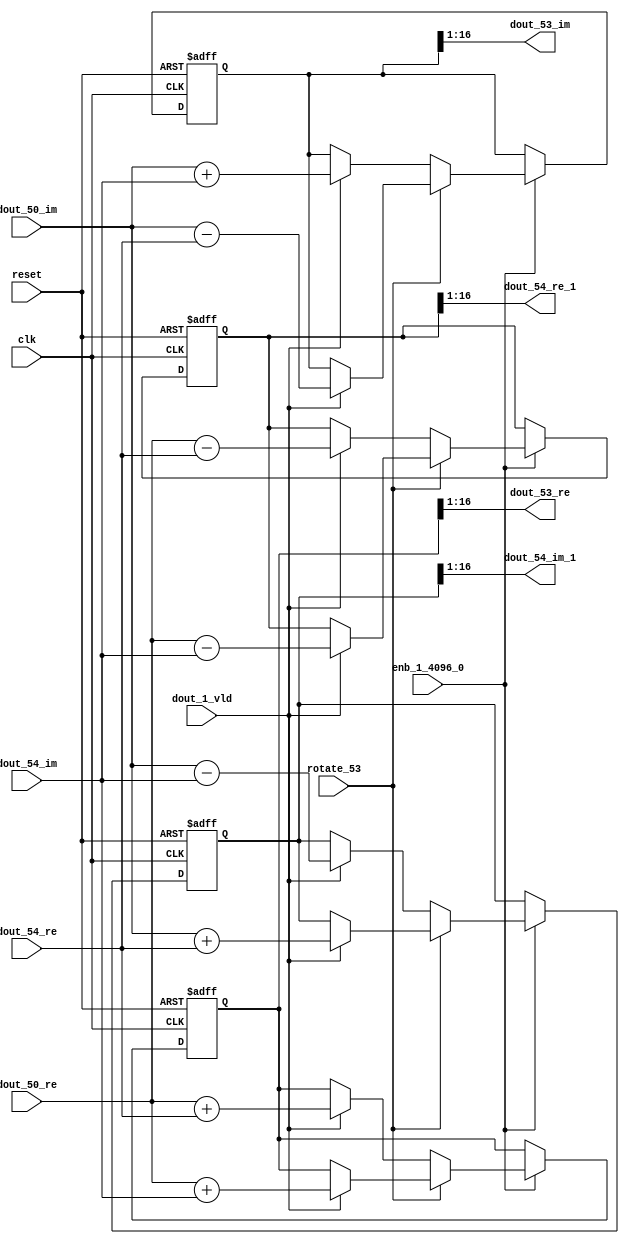
// -------------------------------------------------------------
// 
// 
// Generated by MATLAB 9.14 and HDL Coder 4.1
// 
// -------------------------------------------------------------


// -------------------------------------------------------------
// 
// Module: RADIX22FFT_SDNF2_6_block25
// Source Path: dsphdl.IFFT/RADIX22FFT_SDNF2_6
// Hierarchy Level: 4
// 
// -------------------------------------------------------------

`timescale 1 ns / 1 ns

module RADIX22FFT_SDNF2_6_block25
          (clk,
           reset,
           enb_1_4096_0,
           rotate_53,
           dout_50_re,
           dout_50_im,
           dout_54_re,
           dout_54_im,
           dout_1_vld,
           dout_53_re,
           dout_53_im,
           dout_54_re_1,
           dout_54_im_1);


  input   clk;
  input   reset;
  input   enb_1_4096_0;
  input   rotate_53;  // ufix1
  input   signed [15:0] dout_50_re;  // sfix16_En14
  input   signed [15:0] dout_50_im;  // sfix16_En14
  input   signed [15:0] dout_54_re;  // sfix16_En14
  input   signed [15:0] dout_54_im;  // sfix16_En14
  input   dout_1_vld;
  output  signed [15:0] dout_53_re;  // sfix16_En14
  output  signed [15:0] dout_53_im;  // sfix16_En14
  output  signed [15:0] dout_54_re_1;  // sfix16_En14
  output  signed [15:0] dout_54_im_1;  // sfix16_En14


  reg  Radix22ButterflyG2_NF_din_vld_dly;
  reg signed [16:0] Radix22ButterflyG2_NF_btf1_re_reg;  // sfix17
  reg signed [16:0] Radix22ButterflyG2_NF_btf1_im_reg;  // sfix17
  reg signed [16:0] Radix22ButterflyG2_NF_btf2_re_reg;  // sfix17
  reg signed [16:0] Radix22ButterflyG2_NF_btf2_im_reg;  // sfix17
  reg  Radix22ButterflyG2_NF_din_vld_dly_next;
  reg signed [16:0] Radix22ButterflyG2_NF_btf1_re_reg_next;  // sfix17_En14
  reg signed [16:0] Radix22ButterflyG2_NF_btf1_im_reg_next;  // sfix17_En14
  reg signed [16:0] Radix22ButterflyG2_NF_btf2_re_reg_next;  // sfix17_En14
  reg signed [16:0] Radix22ButterflyG2_NF_btf2_im_reg_next;  // sfix17_En14
  reg signed [15:0] dout_53_re_1;  // sfix16_En14
  reg signed [15:0] dout_53_im_1;  // sfix16_En14
  reg signed [15:0] dout_54_re_2;  // sfix16_En14
  reg signed [15:0] dout_54_im_2;  // sfix16_En14
  reg  dout_6_vld;
  reg signed [16:0] Radix22ButterflyG2_NF_add_cast;  // sfix17_En14
  reg signed [16:0] Radix22ButterflyG2_NF_add_cast_0;  // sfix17_En14
  reg signed [16:0] Radix22ButterflyG2_NF_add_cast_1;  // sfix17_En14
  reg signed [16:0] Radix22ButterflyG2_NF_add_cast_2;  // sfix17_En14
  reg signed [16:0] Radix22ButterflyG2_NF_sub_cast;  // sfix17_En14
  reg signed [16:0] Radix22ButterflyG2_NF_sub_cast_0;  // sfix17_En14
  reg signed [16:0] Radix22ButterflyG2_NF_sub_cast_1;  // sfix17_En14
  reg signed [16:0] Radix22ButterflyG2_NF_sub_cast_2;  // sfix17_En14
  reg signed [16:0] Radix22ButterflyG2_NF_sra_temp;  // sfix17_En14
  reg signed [16:0] Radix22ButterflyG2_NF_add_cast_3;  // sfix17_En14
  reg signed [16:0] Radix22ButterflyG2_NF_add_cast_4;  // sfix17_En14
  reg signed [16:0] Radix22ButterflyG2_NF_add_cast_5;  // sfix17_En14
  reg signed [16:0] Radix22ButterflyG2_NF_add_cast_6;  // sfix17_En14
  reg signed [16:0] Radix22ButterflyG2_NF_sra_temp_0;  // sfix17_En14
  reg signed [16:0] Radix22ButterflyG2_NF_sub_cast_3;  // sfix17_En14
  reg signed [16:0] Radix22ButterflyG2_NF_sub_cast_4;  // sfix17_En14
  reg signed [16:0] Radix22ButterflyG2_NF_sub_cast_5;  // sfix17_En14
  reg signed [16:0] Radix22ButterflyG2_NF_sub_cast_6;  // sfix17_En14
  reg signed [16:0] Radix22ButterflyG2_NF_sra_temp_1;  // sfix17_En14
  reg signed [16:0] Radix22ButterflyG2_NF_sra_temp_2;  // sfix17_En14


  // Radix22ButterflyG2_NF
  always @(posedge clk or posedge reset)
    begin : Radix22ButterflyG2_NF_process
      if (reset == 1'b1) begin
        Radix22ButterflyG2_NF_din_vld_dly <= 1'b0;
        Radix22ButterflyG2_NF_btf1_re_reg <= 17'sb00000000000000000;
        Radix22ButterflyG2_NF_btf1_im_reg <= 17'sb00000000000000000;
        Radix22ButterflyG2_NF_btf2_re_reg <= 17'sb00000000000000000;
        Radix22ButterflyG2_NF_btf2_im_reg <= 17'sb00000000000000000;
      end
      else begin
        if (enb_1_4096_0) begin
          Radix22ButterflyG2_NF_din_vld_dly <= Radix22ButterflyG2_NF_din_vld_dly_next;
          Radix22ButterflyG2_NF_btf1_re_reg <= Radix22ButterflyG2_NF_btf1_re_reg_next;
          Radix22ButterflyG2_NF_btf1_im_reg <= Radix22ButterflyG2_NF_btf1_im_reg_next;
          Radix22ButterflyG2_NF_btf2_re_reg <= Radix22ButterflyG2_NF_btf2_re_reg_next;
          Radix22ButterflyG2_NF_btf2_im_reg <= Radix22ButterflyG2_NF_btf2_im_reg_next;
        end
      end
    end

  always @(Radix22ButterflyG2_NF_btf1_im_reg, Radix22ButterflyG2_NF_btf1_re_reg,
       Radix22ButterflyG2_NF_btf2_im_reg, Radix22ButterflyG2_NF_btf2_re_reg,
       Radix22ButterflyG2_NF_din_vld_dly, dout_1_vld, dout_50_im, dout_50_re,
       dout_54_im, dout_54_re, rotate_53) begin
    Radix22ButterflyG2_NF_add_cast_1 = 17'sb00000000000000000;
    Radix22ButterflyG2_NF_add_cast_2 = 17'sb00000000000000000;
    Radix22ButterflyG2_NF_sub_cast_1 = 17'sb00000000000000000;
    Radix22ButterflyG2_NF_sub_cast_2 = 17'sb00000000000000000;
    Radix22ButterflyG2_NF_add_cast_5 = 17'sb00000000000000000;
    Radix22ButterflyG2_NF_add_cast_6 = 17'sb00000000000000000;
    Radix22ButterflyG2_NF_sub_cast_5 = 17'sb00000000000000000;
    Radix22ButterflyG2_NF_sub_cast_6 = 17'sb00000000000000000;
    Radix22ButterflyG2_NF_add_cast = 17'sb00000000000000000;
    Radix22ButterflyG2_NF_add_cast_0 = 17'sb00000000000000000;
    Radix22ButterflyG2_NF_sub_cast = 17'sb00000000000000000;
    Radix22ButterflyG2_NF_sub_cast_0 = 17'sb00000000000000000;
    Radix22ButterflyG2_NF_add_cast_3 = 17'sb00000000000000000;
    Radix22ButterflyG2_NF_add_cast_4 = 17'sb00000000000000000;
    Radix22ButterflyG2_NF_sub_cast_3 = 17'sb00000000000000000;
    Radix22ButterflyG2_NF_sub_cast_4 = 17'sb00000000000000000;
    Radix22ButterflyG2_NF_btf1_re_reg_next = Radix22ButterflyG2_NF_btf1_re_reg;
    Radix22ButterflyG2_NF_btf1_im_reg_next = Radix22ButterflyG2_NF_btf1_im_reg;
    Radix22ButterflyG2_NF_btf2_re_reg_next = Radix22ButterflyG2_NF_btf2_re_reg;
    Radix22ButterflyG2_NF_btf2_im_reg_next = Radix22ButterflyG2_NF_btf2_im_reg;
    Radix22ButterflyG2_NF_din_vld_dly_next = dout_1_vld;
    if (rotate_53 != 1'b0) begin
      if (dout_1_vld) begin
        Radix22ButterflyG2_NF_add_cast_1 = {dout_50_re[15], dout_50_re};
        Radix22ButterflyG2_NF_add_cast_2 = {dout_54_im[15], dout_54_im};
        Radix22ButterflyG2_NF_btf1_re_reg_next = Radix22ButterflyG2_NF_add_cast_1 + Radix22ButterflyG2_NF_add_cast_2;
        Radix22ButterflyG2_NF_sub_cast_1 = {dout_50_re[15], dout_50_re};
        Radix22ButterflyG2_NF_sub_cast_2 = {dout_54_im[15], dout_54_im};
        Radix22ButterflyG2_NF_btf2_re_reg_next = Radix22ButterflyG2_NF_sub_cast_1 - Radix22ButterflyG2_NF_sub_cast_2;
        Radix22ButterflyG2_NF_add_cast_5 = {dout_50_im[15], dout_50_im};
        Radix22ButterflyG2_NF_add_cast_6 = {dout_54_re[15], dout_54_re};
        Radix22ButterflyG2_NF_btf2_im_reg_next = Radix22ButterflyG2_NF_add_cast_5 + Radix22ButterflyG2_NF_add_cast_6;
        Radix22ButterflyG2_NF_sub_cast_5 = {dout_50_im[15], dout_50_im};
        Radix22ButterflyG2_NF_sub_cast_6 = {dout_54_re[15], dout_54_re};
        Radix22ButterflyG2_NF_btf1_im_reg_next = Radix22ButterflyG2_NF_sub_cast_5 - Radix22ButterflyG2_NF_sub_cast_6;
      end
    end
    else if (dout_1_vld) begin
      Radix22ButterflyG2_NF_add_cast = {dout_50_re[15], dout_50_re};
      Radix22ButterflyG2_NF_add_cast_0 = {dout_54_re[15], dout_54_re};
      Radix22ButterflyG2_NF_btf1_re_reg_next = Radix22ButterflyG2_NF_add_cast + Radix22ButterflyG2_NF_add_cast_0;
      Radix22ButterflyG2_NF_sub_cast = {dout_50_re[15], dout_50_re};
      Radix22ButterflyG2_NF_sub_cast_0 = {dout_54_re[15], dout_54_re};
      Radix22ButterflyG2_NF_btf2_re_reg_next = Radix22ButterflyG2_NF_sub_cast - Radix22ButterflyG2_NF_sub_cast_0;
      Radix22ButterflyG2_NF_add_cast_3 = {dout_50_im[15], dout_50_im};
      Radix22ButterflyG2_NF_add_cast_4 = {dout_54_im[15], dout_54_im};
      Radix22ButterflyG2_NF_btf1_im_reg_next = Radix22ButterflyG2_NF_add_cast_3 + Radix22ButterflyG2_NF_add_cast_4;
      Radix22ButterflyG2_NF_sub_cast_3 = {dout_50_im[15], dout_50_im};
      Radix22ButterflyG2_NF_sub_cast_4 = {dout_54_im[15], dout_54_im};
      Radix22ButterflyG2_NF_btf2_im_reg_next = Radix22ButterflyG2_NF_sub_cast_3 - Radix22ButterflyG2_NF_sub_cast_4;
    end
    Radix22ButterflyG2_NF_sra_temp = Radix22ButterflyG2_NF_btf1_re_reg >>> 8'd1;
    dout_53_re_1 = Radix22ButterflyG2_NF_sra_temp[15:0];
    Radix22ButterflyG2_NF_sra_temp_0 = Radix22ButterflyG2_NF_btf1_im_reg >>> 8'd1;
    dout_53_im_1 = Radix22ButterflyG2_NF_sra_temp_0[15:0];
    Radix22ButterflyG2_NF_sra_temp_1 = Radix22ButterflyG2_NF_btf2_re_reg >>> 8'd1;
    dout_54_re_2 = Radix22ButterflyG2_NF_sra_temp_1[15:0];
    Radix22ButterflyG2_NF_sra_temp_2 = Radix22ButterflyG2_NF_btf2_im_reg >>> 8'd1;
    dout_54_im_2 = Radix22ButterflyG2_NF_sra_temp_2[15:0];
    dout_6_vld = Radix22ButterflyG2_NF_din_vld_dly;
  end



  assign dout_53_re = dout_53_re_1;

  assign dout_53_im = dout_53_im_1;

  assign dout_54_re_1 = dout_54_re_2;

  assign dout_54_im_1 = dout_54_im_2;

endmodule  // RADIX22FFT_SDNF2_6_block25